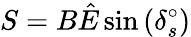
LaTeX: S=B\hat{E}\sin{(\delta_{s}^{\circ})}